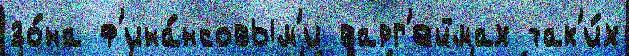
зо́на ф'ина́нсовым'и варг'еймах так'и́х